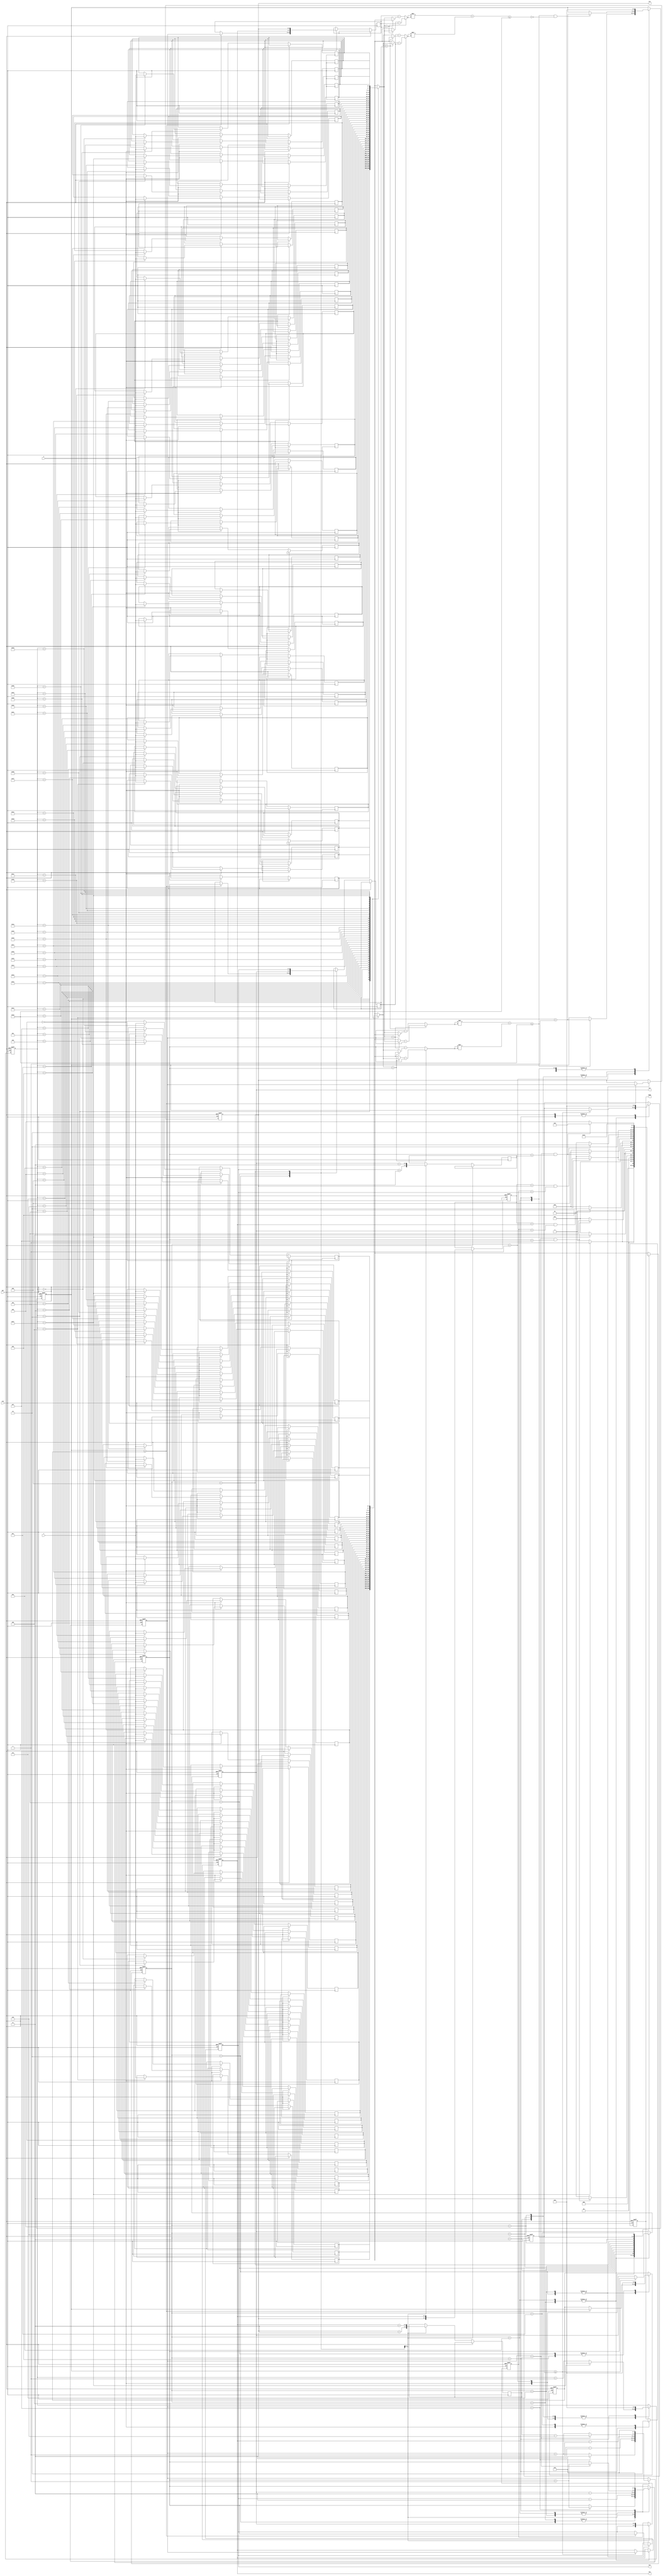
module LASER (
input CLK,
input RST,
input [3:0] X,
input [3:0] Y,
output reg [3:0] C1X,
output reg [3:0] C1Y,
output reg [3:0] C2X,
output reg [3:0] C2Y,
output reg DONE);


reg [3:0] curr_state, next_state;
reg [5:0] counter;

reg [3:0] posistion_x [39:0];
reg [3:0] posistion_y [39:0];

reg [3:0] circle_x, circle_y;
reg [3:0] iter_x, iter_y;
 
reg [5:0] in_circle;
reg [5:0] max_in1, max_in2;

reg [3:0] old_x, old_y;
reg [3:0] temp_x, temp_y;

parameter ACCEPT_DATA  = 4'd0,
		  CIRCLE_1     = 4'd1,
		  MAX_CIRCLE1  = 4'd2,
		  CIRCLE_2     = 4'd3,  
		  MAX_CIRCLE2  = 4'd4,
		  DEFINE_BOND1 = 4'd5,
		  ITERATE_C1   = 4'd6,
		  MAX_C1       = 4'd7,
		  DEFINE_BOND2 = 4'd8,
		  ITERATE_C2   = 4'd9,
		  MAX_C2       = 4'd10,
		  FINISH       = 4'd11,
		  STALL        = 4'd12;

reg [3:0] r1, r2, r3, r4;
reg In1, InC;


always@(*)begin
	if(posistion_x[counter]>circle_x) r1 = posistion_x[counter]-circle_x;
	else  r1 = circle_x - posistion_x[counter];
	if(posistion_y[counter]>circle_y) r2 = posistion_y[counter]-circle_y;
	else  r2 = circle_y - posistion_y[counter];

	if(posistion_x[counter]>temp_x) r3 = posistion_x[counter]-temp_x;
	else  r3 = temp_x - posistion_x[counter];
	if(posistion_y[counter]>temp_y) r4 = posistion_y[counter]-temp_y;
	else  r4 = temp_y - posistion_y[counter];

	In1 = (r1*r1 + r2*r2) <= 16;
	InC = (r3*r3 + r4*r4) <= 16;
end

always @(posedge CLK or posedge RST) begin
	if (RST) begin
		curr_state <= ACCEPT_DATA;
		
		DONE <= 0;

		circle_x <= 0;
		circle_y <= 0;
		counter <= 6'd0;
		max_in1 <= 0;
		max_in2 <= 0;
		in_circle <= 0;

		C2X <= 0;
		C2Y <= 0;
		C1X <= 0;
		C1Y <= 0;
		old_x <= 0;
		old_y <= 0;

	end
	else begin
		curr_state <= next_state;
		case(curr_state)
			ACCEPT_DATA:begin
				posistion_x[counter] <= X;
				posistion_y[counter] <= Y;
				counter <= (counter==39)? 0 : counter +1;
				DONE <= 0;
			end
			CIRCLE_1:begin
				if(In1)begin
					in_circle <= in_circle + 1;
				end
				counter <= (counter==39)? 0 : counter +1;
			end
			MAX_CIRCLE1:begin
				if(in_circle >= max_in1) begin
					max_in1 <= in_circle;
					C1X <= circle_x ;
					C1Y <= circle_y ;
					temp_x <= circle_x ;
					temp_y <= circle_y ;
				end
				if(circle_x==15) begin
					circle_x <= 0;
					circle_y <= circle_y + 1;
				end
				else circle_x <= circle_x + 1;
				in_circle <= 0;
			end
			CIRCLE_2:begin 
				if( In1 && !InC )begin
					in_circle <= in_circle + 1;
				end
				counter <= (counter==39)? 0 : counter +1;
			end
			MAX_CIRCLE2:begin
				if(in_circle >= max_in2)begin
					max_in2 <= in_circle  ;
					C2X <= circle_x ;
					C2Y <= circle_y ;
				end
				if(circle_x==15) begin
					circle_x <= 0;
					circle_y <= circle_y + 1;
				end
				else circle_x <= circle_x + 1;
				in_circle <= 0;
			end
			DEFINE_BOND1:begin
				circle_x <= C1X - 3;
				circle_y <= C1Y - 3;
				iter_x <= C1X + 3;
				iter_y <= C1Y + 3;
				max_in1 <= 0;
				old_x <= C1X;
				old_y <= C1Y; 
				temp_x <= C2X ;
				temp_y <= C2Y ;
			end
			ITERATE_C1:begin
				if( In1 && !InC )begin
					in_circle <= in_circle + 1;
				end
				counter <= (counter==39)? 0 : counter +1;
			end
			MAX_C1:begin
				if(in_circle >= max_in1)begin
					max_in1 <= in_circle  ;
					C1X <= circle_x ;
					C1Y <= circle_y ;
				end
				if(circle_x==iter_x) begin
					circle_x <= iter_x - 6;
					circle_y <= circle_y + 1;
				end
				else circle_x <= circle_x + 1;
				in_circle <= 0;
			end
			DEFINE_BOND2:begin
				circle_x <= C2X - 3;
				circle_y <= C2Y - 3;
				iter_x <= C2X + 3;
				iter_y <= C2Y + 3;
				max_in2 <= 0;

				old_x <= C2X;
				old_y <= C2Y; 
				temp_x <= C1X ;
				temp_y <= C1Y ;
			end
			ITERATE_C2:begin
				if( In1 && !InC)begin
					in_circle <= in_circle + 1;
				end
				counter <= (counter==39)? 0 : counter +1;
			end
			MAX_C2:begin
				if(in_circle >= max_in2)begin
					max_in2 <= in_circle  ;
					C2X <= circle_x ;
					C2Y <= circle_y ;
				end
				in_circle <= 0;
				if(circle_x==iter_x) begin
					circle_x <= iter_x - 6;
					circle_y <= circle_y + 1;
				end
				else circle_x <= circle_x + 1;
			end
			FINISH:begin
				DONE <= 1;
				circle_x <= 0;
				circle_y <= 0;
				counter <= 6'd0;
				max_in1 <= 0;
				max_in2 <= 0;
				in_circle <= 0;
			end
			STALL:begin
				DONE <= 0;
			end
		endcase

	end
end




always@(*)begin
	case(curr_state)
			ACCEPT_DATA:begin
				next_state = (counter==39)? CIRCLE_1 : ACCEPT_DATA;
			end
			CIRCLE_1:begin
				next_state = (counter==39)? MAX_CIRCLE1 : CIRCLE_1;
			end
			MAX_CIRCLE1:begin
				next_state = (circle_x==15 && circle_y==15)? CIRCLE_2 : CIRCLE_1;
			end
			CIRCLE_2:begin
				next_state = (counter==39)? MAX_CIRCLE2 : CIRCLE_2;
			end
			MAX_CIRCLE2:begin
				next_state = (circle_x==15 && circle_y==15)? DEFINE_BOND1 : CIRCLE_2;
			end
			DEFINE_BOND1:begin
				if(old_x == C2X && old_y ==C2Y) next_state = FINISH;
				else next_state = ITERATE_C1;
			end
			ITERATE_C1:begin
				next_state = (counter==39)? MAX_C1 : ITERATE_C1;
			end
			MAX_C1:begin
				next_state = (circle_x==iter_x && circle_y==iter_y)? DEFINE_BOND2 : ITERATE_C1;
			end
			DEFINE_BOND2:begin
				if(old_x == C1X && old_y ==C1Y) next_state = FINISH;
				else next_state = ITERATE_C2;
			end
			ITERATE_C2:begin
				next_state = (counter==39)? MAX_C2 : ITERATE_C2;
			end
			MAX_C2:begin
				next_state = (circle_x==iter_x && circle_y==iter_y)? DEFINE_BOND1 : ITERATE_C2;
			end
			FINISH:begin
				next_state = STALL;
			end
			STALL:begin
				next_state = ACCEPT_DATA;
			end
			default : next_state = 'hx;
	endcase
end


endmodule